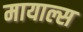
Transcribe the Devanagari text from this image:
मायाल्स